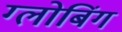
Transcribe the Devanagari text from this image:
ग्लोबिंग